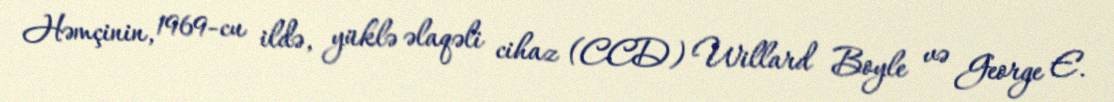
Həmçinin, 1969-cu ildə, yüklə əlaqəli cihaz (CCD) Willard Boyle və George E.